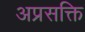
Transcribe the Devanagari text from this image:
अप्रसक्ति